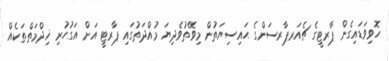
ހޮވިވަޑައިގެން ޕާރޓީގެ ޗެއަރޕާރސަންގެ ޙައިސިޔަތުން މިވޭތުވެދިޔަ މުއްދަތުގައި ޕާރޓީ އަށް އަގުހުރި ޚިދްމަތްތަކެއް